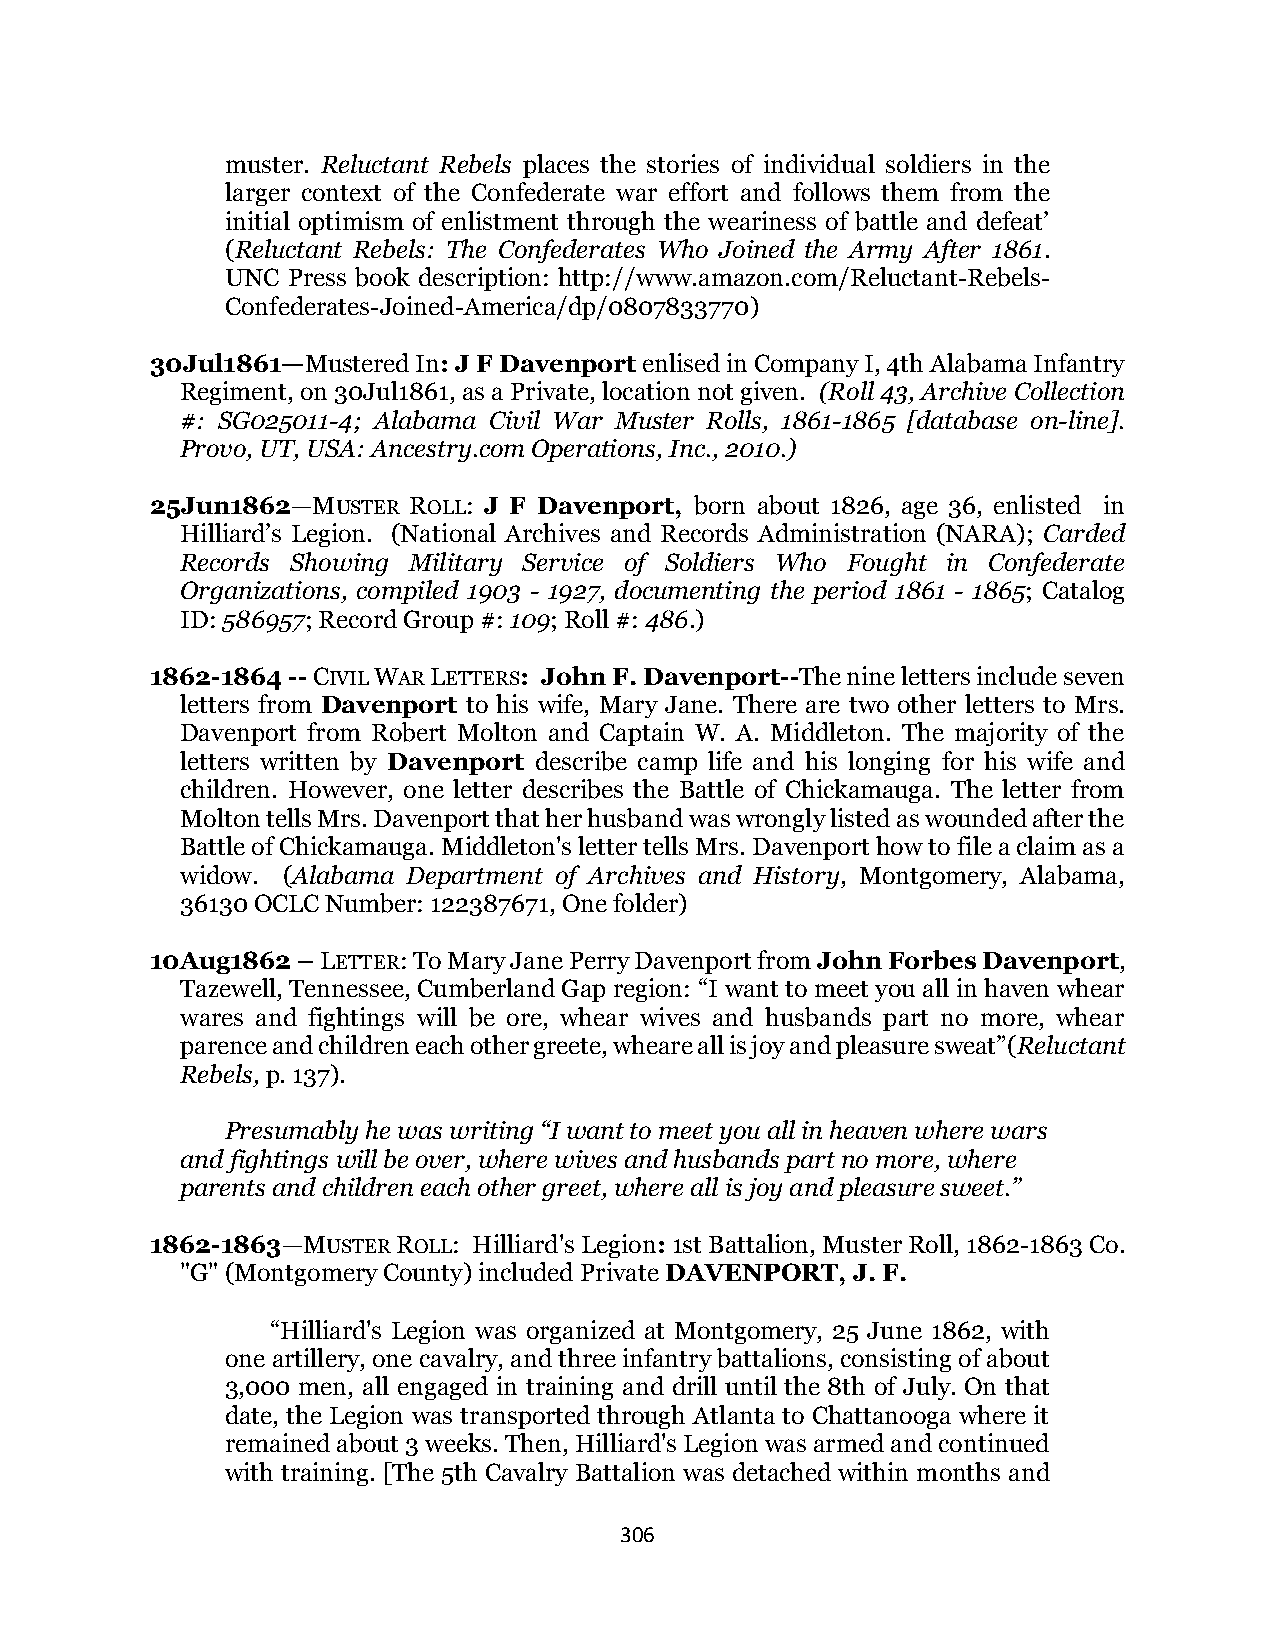
muster. Reluctant Rebels places the stories of individual soldiers in the
 larger context of the Confederate war effort and follows them from the
 initial optimism of enlistment through the weariness of battle and defeat’
 (Reluctant Rebels: The Confederates Who Joined the Army After 1861.
 UNC Press book description: http://www.amazon.com/Reluctant-Rebels-
 Confederates-Joined-America/dp/0807833770)
 30Jul1861—Mustered In: J F Davenport enlised in Company I, 4th Alabama Infantry
 Regiment, on 30Jul1861, as a Private, location not given. (Roll 43, Archive Collection
 #: SG025011-4; Alabama Civil War Muster Rolls, 1861-1865 [database on-line].
 Provo, UT, USA: Ancestry.com Operations, Inc., 2010.)
 25Jun1862—MUSTER ROLL: J F Davenport, born about 1826, age 36, enlisted in
 Hilliard’s Legion. (National Archives and Records Administration (NARA); Carded
 Records Showing Military Service of Soldiers Who Fought in Confederate
 Organizations, compiled 1903 - 1927, documenting the period 1861 - 1865; Catalog
 ID: 586957; Record Group #: 109; Roll #: 486.)
 1862-1864 -- CIVIL WAR LETTERS: John F. Davenport--The nine letters include seven
 letters from Davenport to his wife, Mary Jane. There are two other letters to Mrs.
 Davenport from Robert Molton and Captain W. A. Middleton. The majority of the
 letters written by Davenport describe camp life and his longing for his wife and
 children. However, one letter describes the Battle of Chickamauga. The letter from
 Molton tells Mrs. Davenport that her husband was wrongly listed as wounded after the
 Battle of Chickamauga. Middleton's letter tells Mrs. Davenport how to file a claim as a
 widow. (Alabama Department of Archives and History, Montgomery, Alabama,
 36130 OCLC Number: 122387671, One folder)
 10Aug1862 – LETTER: To Mary Jane Perry Davenport from John Forbes Davenport,
 Tazewell, Tennessee, Cumberland Gap region: “I want to meet you all in haven whear
 wares and fightings will be ore, whear wives and husbands part no more, whear
 parence and children each other greete, wheare all is joy and pleasure sweat”(Reluctant
 Rebels, p. 137).
 Presumably he was writing “I want to meet you all in heaven where wars
 and fightings will be over, where wives and husbands part no more, where
 parents and children each other greet, where all is joy and pleasure sweet.”
 1862-1863—MUSTER ROLL: Hilliard's Legion: 1st Battalion, Muster Roll, 1862-1863 Co.
 "G" (Montgomery County) included Private DAVENPORT, J. F.
 “Hilliard's Legion was organized at Montgomery, 25 June 1862, with
 one artillery, one cavalry, and three infantry battalions, consisting of about
 3,000 men, all engaged in training and drill until the 8th of July. On that
 date, the Legion was transported through Atlanta to Chattanooga where it
 remained about 3 weeks. Then, Hilliard's Legion was armed and continued
 with training. [The 5th Cavalry Battalion was detached within months and
 306